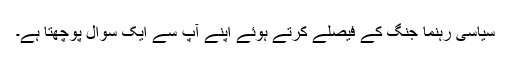
سیاسی رہنما جنگ کے فیصلے کرتے ہوئے اپنے آپ سے ایک سوال پوچھتا ہے۔